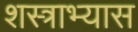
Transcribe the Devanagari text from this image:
शस्त्राभ्यास